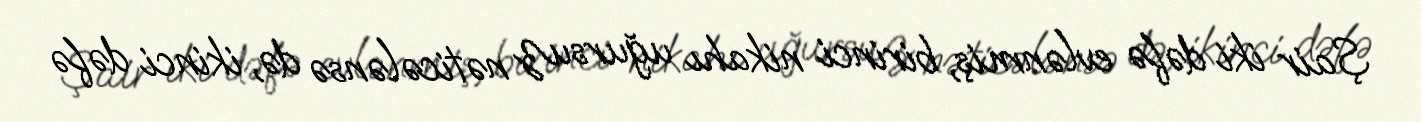
Şair iki dəfə evlənmiş, birinci nikahı uğursuz nəticələnsə də, ikinci dəfə